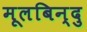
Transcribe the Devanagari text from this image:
मूलबिन्दु